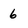
Character: 6